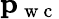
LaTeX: \mathbf{p}_{\mathrm{~w~c~}}